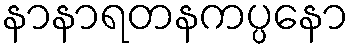
နာနာရတနကပ္ပနော